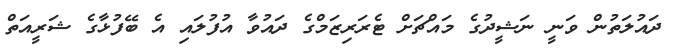
ދައުލަތުން ވަނީ ނަޝީދުގެ މައްޗަށް ޓެރަރިޒަމްގެ ދައުވާ އުފުލައި އެ ބޭފުޅާގެ ޝަރީއަތް